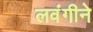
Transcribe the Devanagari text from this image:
लवंगीने